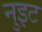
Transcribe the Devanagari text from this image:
नुइट